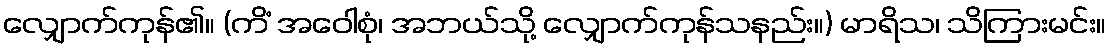
လျှောက်ကုန်၏။ (ကိံ အဝေါစုံ၊ အဘယ်သို့ လျှောက်ကုန်သနည်း။) မာရိသ၊ သိကြားမင်း။